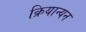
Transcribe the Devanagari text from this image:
क्रियान्यन